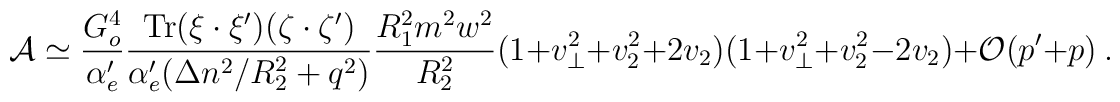
{\cal A} \simeq \frac{G_o^4}{\alpha'_e} \frac{{\rm Tr}(\xi \cdot \xi') (\zeta \cdot \zeta')        }{\alpha'_e (\Delta n^2/R_2^2 + q^2)} \frac{R_1^2 m^2 w^2}{R_2^2} (1+v_\perp^2 + v_{2}^2 +2 v_{2})(1+v_\perp^2 + v_{2}^2 -2 v_{2})  + {\cal O} (p'+p)~.